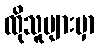
ထိုသူများမှာ